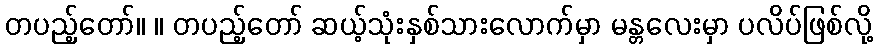
တပည့်တော်။ ။ တပည့်တော် ဆယ့်သုံးနှစ်သားလောက်မှာ မန္တလေးမှာ ပလိပ်ဖြစ်လို့